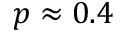
p \approx 0 . 4